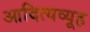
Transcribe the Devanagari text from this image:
आदित्यव्यूह